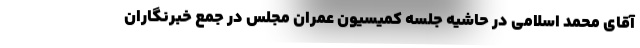
آقای محمد اسلامی در حاشیه جلسه کمیسیون عمران مجلس در جمع خبرنگاران